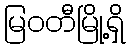
မြဝတီမြို့ရှိ